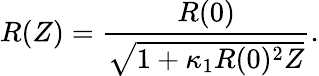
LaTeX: R(Z)=\frac{R(0)}{\sqrt{1+\kappa_{1}R(0)^{2}Z}}.